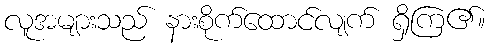
လူအများသည် နားစိုက်ထောင်လျက် ရှိကြ၏။